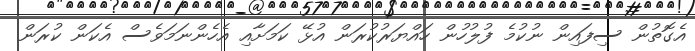
އެގޮތުން ސިފައިން ނުކުމެ ފުލުހުން ހައްޔަރުކުރަން އުޅޭ ކަމަށާއި އެހެންނަމަވެސް އެކަން ކުރަން